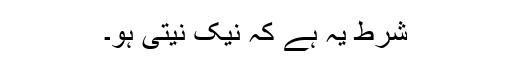
شرط یہ ہے کہ نیک نیتی ہو۔